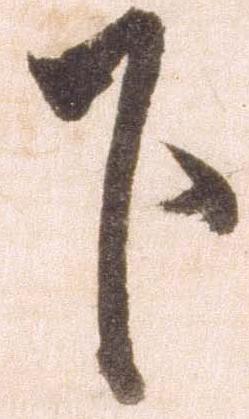
下